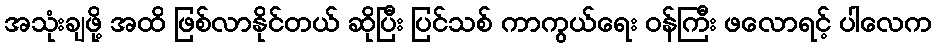
အသုံးချဖို့ အထိ ဖြစ်လာနိုင်တယ် ဆိုပြီး ပြင်သစ် ကာကွယ်ရေး ဝန်ကြီး ဖလောရင့် ပါလေက